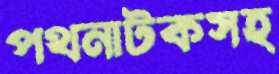
পথনাটকসহ